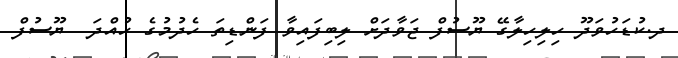
ދ.ކުޑަހުވަދޫ ހިލިހިލާގޭ ޔޫސުފް ޖަވާދަށް ލިބިފައިވާ ފަންޑިތަ ހެދުމުގެ ހުއްދަ  ޔޫސުފް